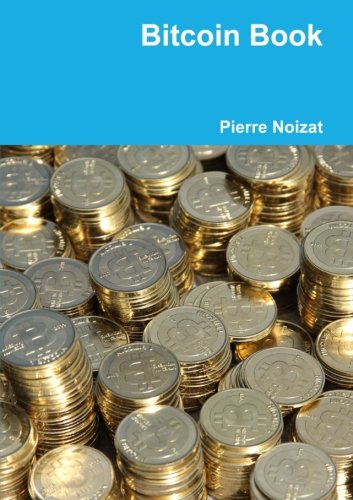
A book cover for Bitcoin Book (French Edition); Pierre Noizat; Computers & Technology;